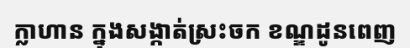
ក្លាហាន ក្នុងសង្កាត់ស្រះចក ខណ្ឌដូនពេញ